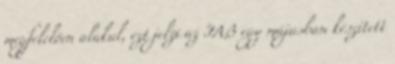
megfelelően alakul, ezt jelzi az IAB egy májusban készített